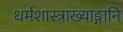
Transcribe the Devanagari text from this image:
धर्मशास्त्राख्याङ्गानि